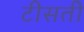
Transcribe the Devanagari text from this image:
टीसती